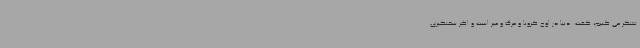
تشکر می کنیم، گفت: دنیا در اوج کرونا و مرگ و میر است و اگر سختگیری